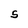
Character: S